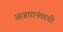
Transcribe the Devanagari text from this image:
आजारानंतरची